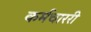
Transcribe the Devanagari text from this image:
कर्मचाररी